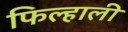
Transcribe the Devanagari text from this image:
फिल्हाली